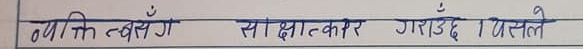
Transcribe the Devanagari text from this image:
व्यक्तिसँग साक्षात्कार गराउँदै । यसले